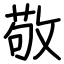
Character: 敬